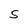
Character: S